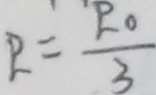
R = \frac { R _ { 0 } } { 3 }